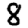
Digit: 8